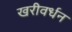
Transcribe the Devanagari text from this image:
खरीवर्धन